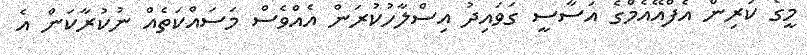
މީގެ ކުރިން އެފްއޭއެމްގެ އަސާސީ ގަވައިދު އިސްލާހުކުރަން އެއްވެސް މަސައްކަތެއް ނުކުރާކަން އެ